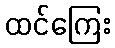
ထင်ကြေး